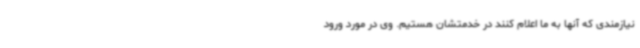
نیازمندی که آنها به ما اعلام کنند در خدمتشان هستیم. وی در مورد ورود